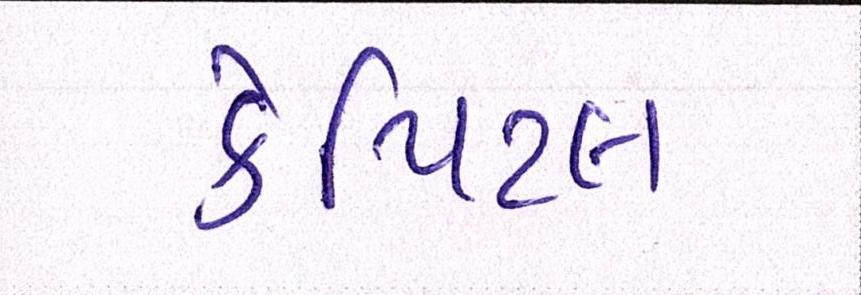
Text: કેપિટલ